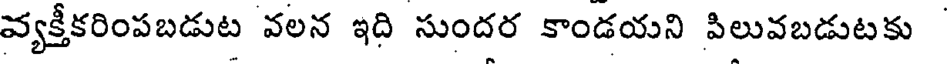
వ్యక్తీకరింపబడుట వలన ఇది సుందర కాండయని పిలువబడుటకు